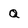
Character: Q